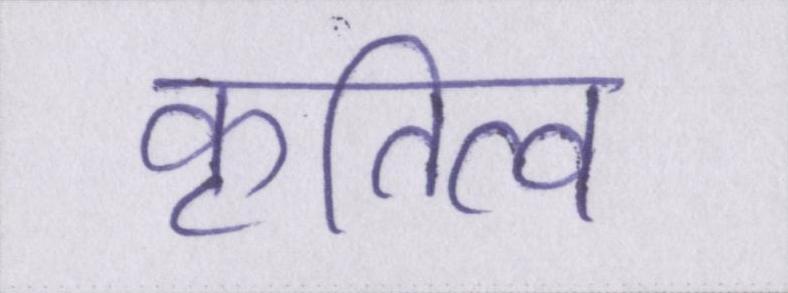
कृतित्व